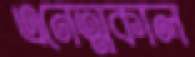
এনেত্মকাল